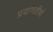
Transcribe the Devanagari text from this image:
प्रयागतीर्थ